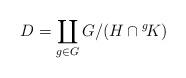
LaTeX: \begin{align*} D= \coprod_{g\in G} G/(H\cap{}^{g}\!K)\end{align*}